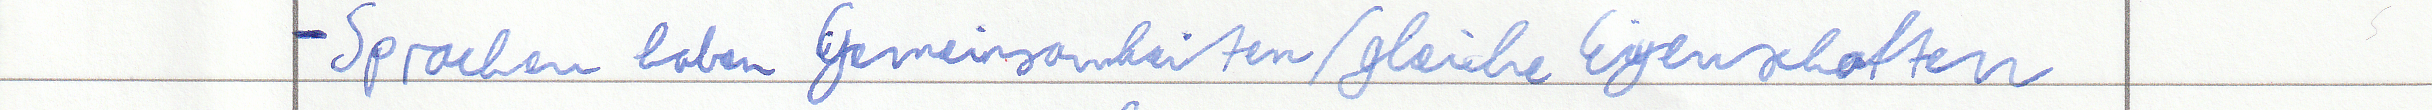
- Sprachen haben Gemeinsamkeiten / gleiche Eigenschaften